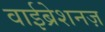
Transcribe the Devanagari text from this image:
वाईब्रेशनज़